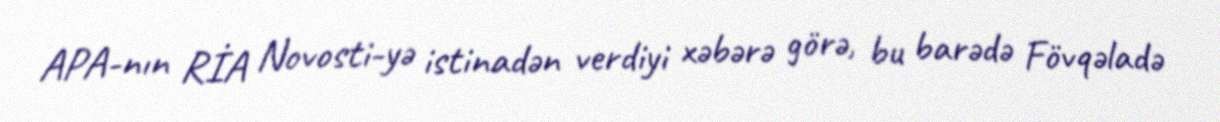
APA-nın RİA Novosti-yə istinadən verdiyi xəbərə görə, bu barədə Fövqəladə